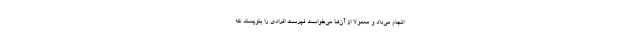
انجام می‌داد و معمولاً از آن‌ها می‌خواست فهرست افرادی را بنویسند که